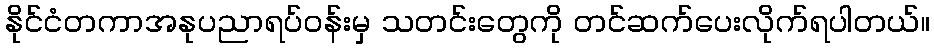
နိုင်ငံတကာအနုပညာရပ်ဝန်းမှ သတင်းတွေကို တင်ဆက်ပေးလိုက်ရပါတယ်။